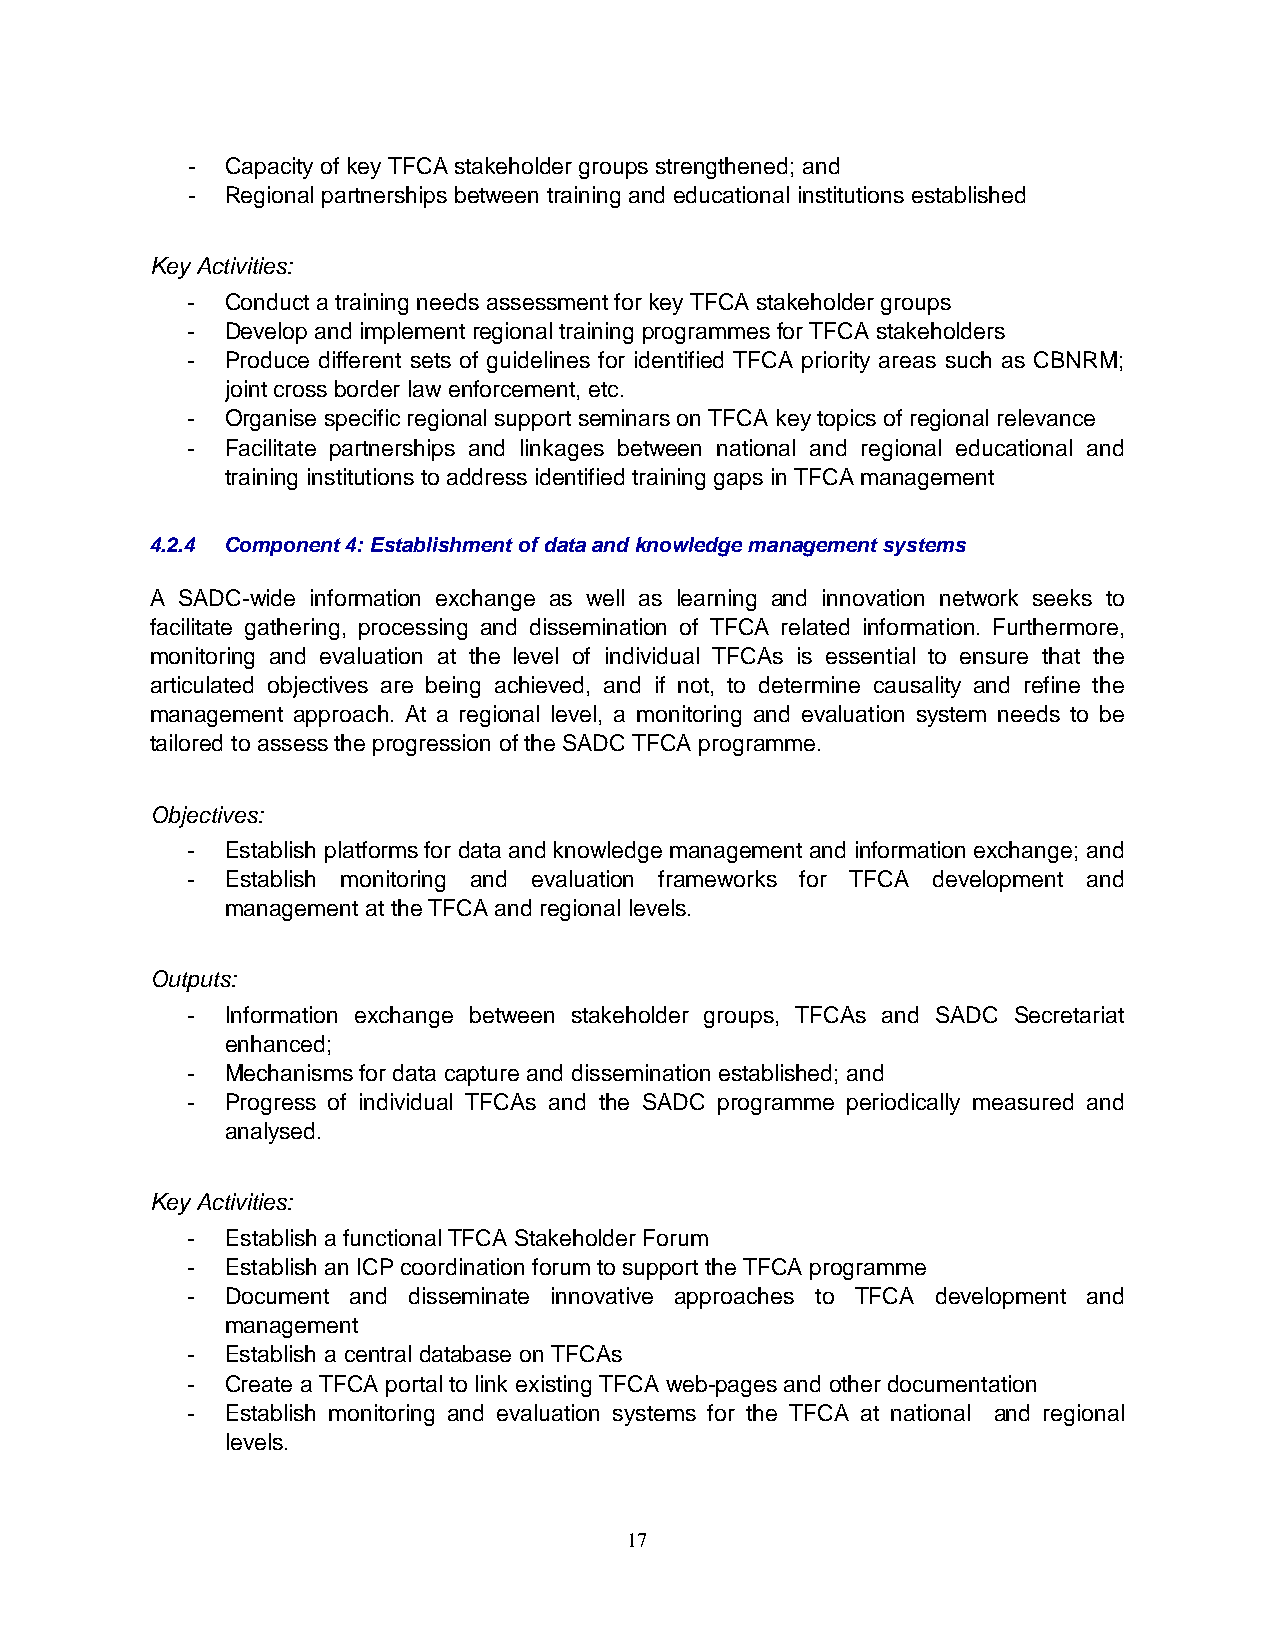
-  Capacity of key TFCA stakeholder groups strengthened; and
 -  Regional partnerships between training and educational institutions established
 Key Activities:
 -  Conduct a training needs assessment for key TFCA stakeholder groups
 -  Develop and implement regional training programmes for TFCA stakeholders
 -  Produce different sets of guidelines for identified TFCA priority areas such as CBNRM;
 joint cross border law enforcement, etc.
 -  Organise specific regional support seminars on TFCA key topics of regional relevance
 -  Facilitate partnerships and linkages between national and regional educational and
 training institutions to address identified training gaps in TFCA management
 4.2.4 Component 4: Establishment of data and knowledge management systems
 A SADC-wide information exchange as well as learning and innovation network seeks to
 facilitate gathering, processing and dissemination of TFCA related information. Furthermore,
 monitoring and evaluation at the level of individual TFCAs is essential to ensure that the
 articulated objectives are being achieved, and if not, to determine causality and refine the
 management approach. At a regional level, a monitoring and evaluation system needs to be
 tailored to assess the progression of the SADC TFCA programme.
 Objectives:
 -  Establish platforms for data and knowledge management and information exchange; and
 -  Establish monitoring and evaluation frameworks for TFCA development and
 management at the TFCA and regional levels.
 Outputs:
 -  Information exchange between stakeholder groups, TFCAs and SADC Secretariat
 enhanced;
 -  Mechanisms for data capture and dissemination established; and
 -  Progress of individual TFCAs and the SADC programme periodically measured and
 analysed.
 Key Activities:
 -  Establish a functional TFCA Stakeholder Forum
 -  Establish an ICP coordination forum to support the TFCA programme
 -  Document and disseminate innovative approaches to TFCA development and
 management
 -  Establish a central database on TFCAs
 -  Create a TFCA portal to link existing TFCA web-pages and other documentation
 -  Establish monitoring and evaluation systems for the TFCA at national and regional
 levels.
 17